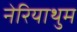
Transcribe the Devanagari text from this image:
नेरियाथुम